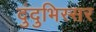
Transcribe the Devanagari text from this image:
दुंदुभिस्सर